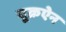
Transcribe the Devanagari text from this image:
यूक्रऐन